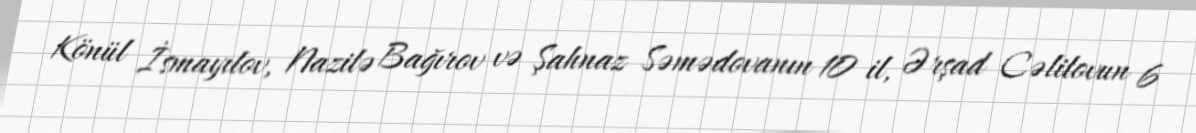
Könül İsmayılov, Nazilə Bağırov və Şahnaz Səmədovanın 10 il, Ərşad Cəlilovun 6